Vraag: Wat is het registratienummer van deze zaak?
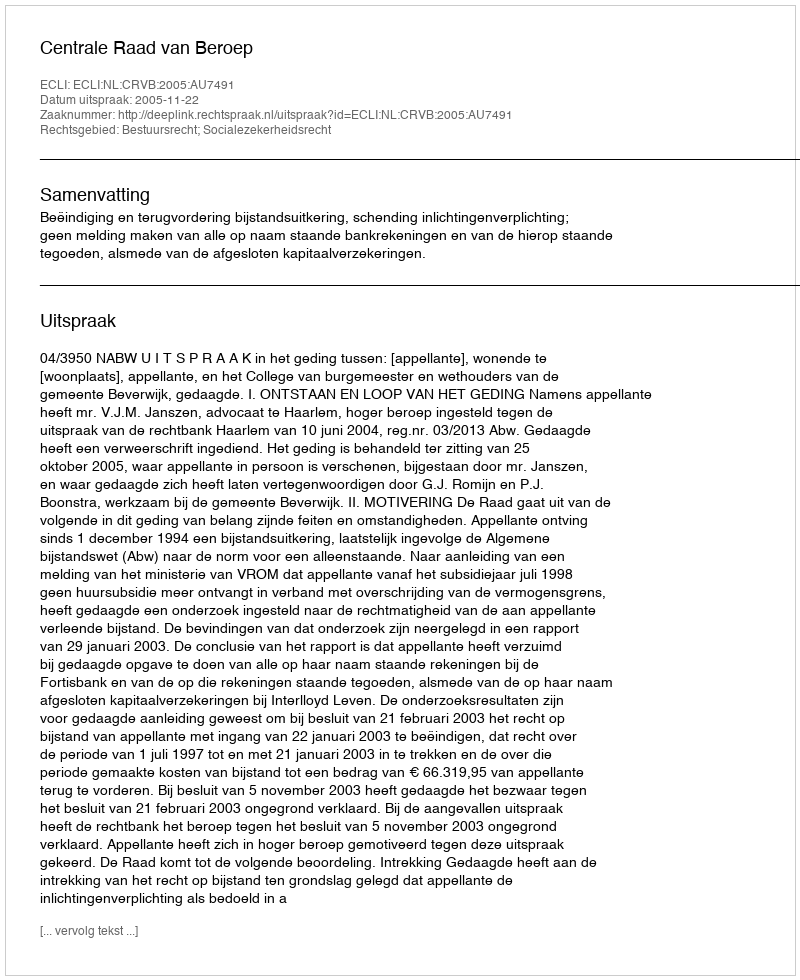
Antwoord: http://deeplink.rechtspraak.nl/uitspraak?id=ECLI:NL:CRVB:2005:AU7491